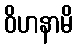
ဝိဟနာမိ